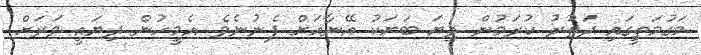
މަގުމަތީގައި ދަތުރު ކުރަމުން ދިޔަ ބަޔަކު އޭނާއަށް ފެނުނެވެ. އެމީހުން ދިޔައީ ވަރަށް